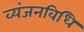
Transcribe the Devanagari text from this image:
व्यंजनविधि